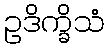
ဥဒိက္ခိသံ